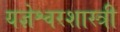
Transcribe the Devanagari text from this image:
यज्ञेश्वरशास्त्री